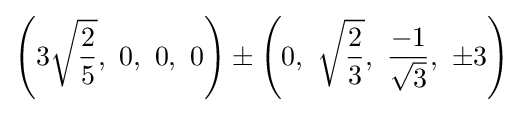
\left(3{\sqrt {\frac {2}{5}}},\ 0,\ 0,\ 0\right)\pm \left(0,\ {\sqrt {\frac {2}{3}}},\ {\frac {-1}{\sqrt {3}}},\ \pm 3\right)